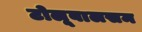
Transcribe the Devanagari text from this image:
टोलूबालसम